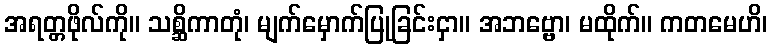
အရတ္တဖိုလ်ကို။ သစ္ဆိကာတုံ၊ မျက်မှောက်ပြုခြင်းငှာ။ အဘဗ္ဗော၊ မထိုက်။ ကတမေဟိ၊